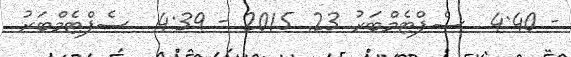
- 4:40  ސެޕްޓެމްބަރު 23